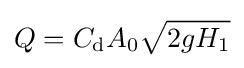
Q=C_{\text{d}}A_{0}{\sqrt {2gH_{1}}}